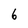
Character: 6